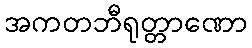
အကတဘီရုတ္တာဏော